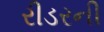
રીડરની